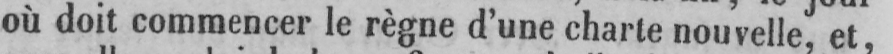
où doit commencer le règne d’une charte nouvelle, et,